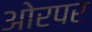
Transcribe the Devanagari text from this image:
ओरपर